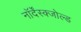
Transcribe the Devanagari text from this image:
नॉर्देंस्क्जोल्ड